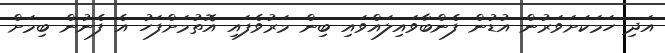
އަދި ހަމަކަށަވަރުން އުޑުން ފެންބާވައިލައްވައި ބިން މަރުވެފައި އޮތުމަށްފަހު އެ ފެނުން ބިމަށް